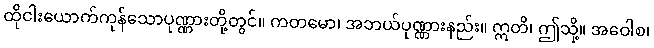
ထိုငါးယောက်ကုန်သောပုဏ္ဏားတို့တွင်။ ကတမော၊ အဘယ်ပုဏ္ဏားနည်း။ ဣတိ၊ ဤသို့။ အဝေါစ၊